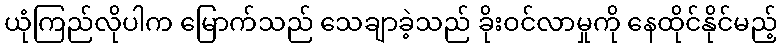
ယုံကြည်လိုပါက မြောက်သည် သေချာခဲ့သည် ခိုးဝင်လာမှုကို နေထိုင်နိုင်မည့်